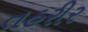
તહરીર